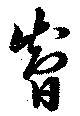
智